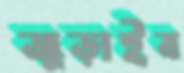
জুড়াইব